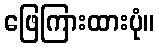
ဖြေကြားထားပုံ။